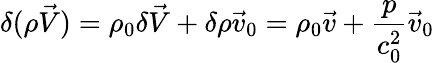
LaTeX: \delta(\rho\vec{V})=\rho_{0}\delta\vec{V}+\delta\rho\vec{v}_{0}=\rho_{0}\vec{v}+\frac{p}{c_{0}^{2}}\vec{v}_{0}